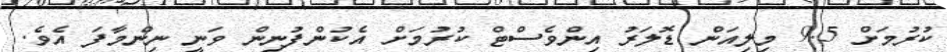
ކުރުމަށް 9.5 މިލިއަން ޑޮލަރު އިންވެސްޓް ކުރުމަށް އެކުންފުނިން ވަނީ ނިންމާފަ އެވެ.